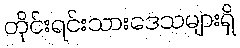
တိုင်းရင်းသားဒေသများရှိ